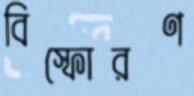
বিস্ফোরণ